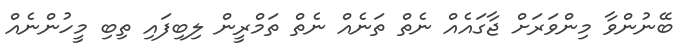
ބޭނުންވާ މިންވަރަށް ޖާގައެއް ނެތް ތަނެއް ނެތް ތަމްރީން ލިބިފައި ތިބި މީހުންނެއް